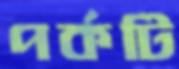
পর্কটি